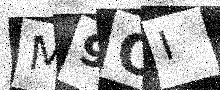
Text: M9OI